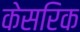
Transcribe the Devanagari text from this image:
केसरिक